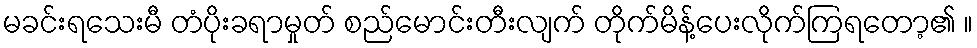
မခင်းရသေးမီ တံပိုးခရာမှုတ် စည်မောင်းတီးလျက် တိုက်မိန့်ပေးလိုက်ကြရတော့၏ ။